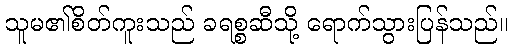
သူမ၏စိတ်ကူးသည် ခရစ္စဆီသို့ ရောက်သွားပြန်သည်။